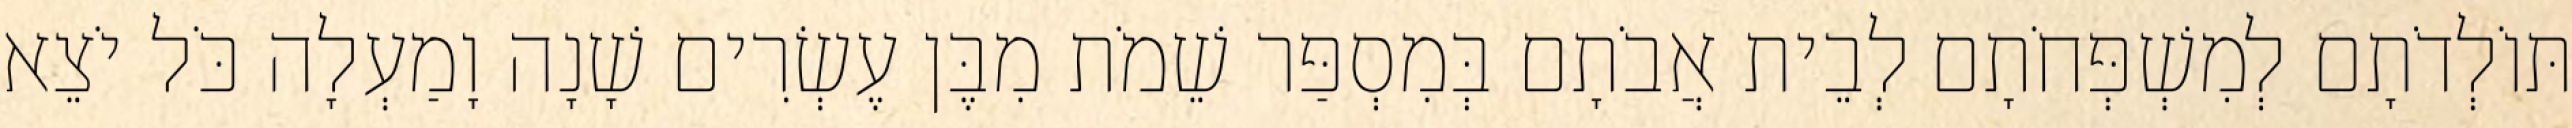
תּוֹלְדֹתָם לְמִשְׁפְּחֹתָם לְבֵית אֲבֹתָם בְּמִסְפַּר שֵׁמֹת מִבֶּן עֶשְׂרִים שָׁנָה וָמַעְלָה כֹּל יֹצֵא